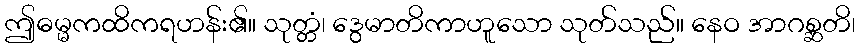
ဤဓမ္မကထိကရဟန်း၏။ သုတ္တံ၊ ဒွေမာတိကာဟူသော သုတ်သည်။ နေဝ အာဂစ္ဆတိ၊